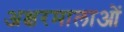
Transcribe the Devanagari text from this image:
अक्षरमालाओं